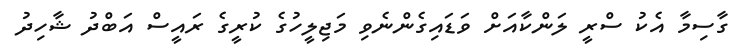
ގާސިމާ އެކު ސްރީ ލަންކާއަށް ވަޑައިގެންނެވި މަޖިލީހުގެ ކުރީގެ ރައީސް އަބްދު ޝާހިދު